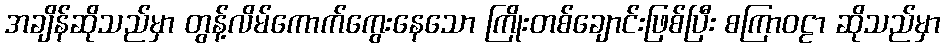
အချိန်ဆိုသည်မှာ တွန့်လိမ်ကောက်ကွေးနေသော ကြိုးတစ်ချောင်းဖြစ်ပြီး စကြာဝဠာ ဆိုသည်မှာ